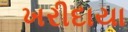
ખરીદાયા